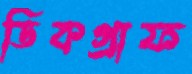
ডিকগ্রাফ